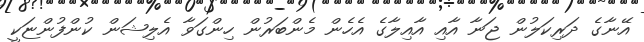
އޭނާގެ ދަރިކަލުން ޖަނާ އާއި އާއިލާގެ އެހެން މެންބަރުން ހިންގަވާ އެލިޝަން ކުންފުންޏަކީ